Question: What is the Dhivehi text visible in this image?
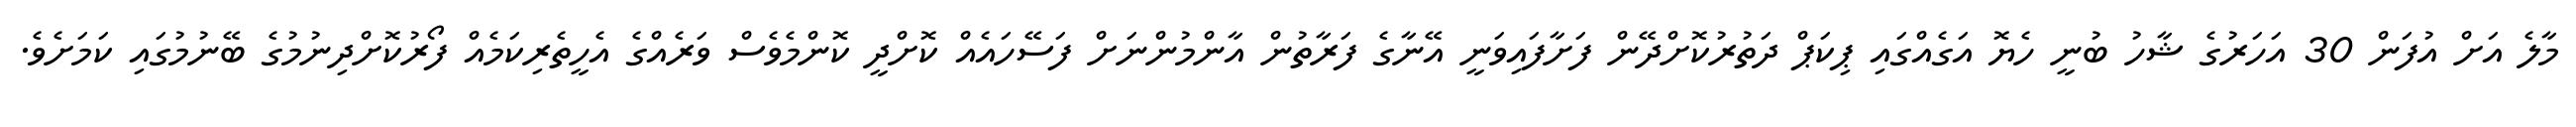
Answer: މާލެ އަށް އުފަން 30 އަހަރުގެ ޝާހު ބުނީ ހެޔޮ އަގެއްގައި ޕިކަޕް ދަތުރުކޮށްދޭން ފަށާފައިވަނީ އޭނާގެ ފަރާތުން އާންމުންނަށް ފަސޭހައެއް ކޮށްދީ ކޮންމެވެސް ވަރެއްގެ އެހީތެރިކަމެއް ފޯރުކޮށްދިނުމުގެ ބޭނުމުގައި ކަމަށެވެ.